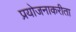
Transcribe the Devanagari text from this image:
प्रयोजनाकरीता